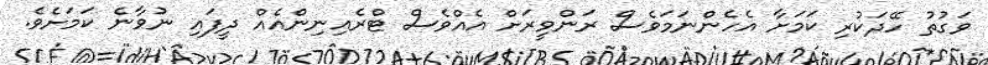
ވަގުތު ހޭދަކުރި ކަމަށާ އެހެންނަމަވެސް ރަންވީރަށް އެއްވެސް ޓްރެއިނިންއެއް ދީފައި ނުވާނެ ކަމަށެވެ.